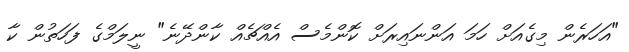
"އަހަރެން މިގެއަށް ހަމަ އަންނައިރަށް ކޮންމެސް އެއްޗެއް ކާންދޭނެ" ނީލަމްގެ ފަހަތުން ކާ